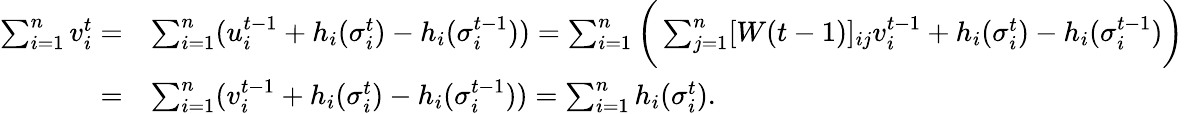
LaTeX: \begin{array}{rl}{\sum_{i=1}^{n}v_{i}^{t}=}&{\sum_{i=1}^{n}(u_{i}^{t-1}+h_{i}(\sigma_{i}^{t})-h_{i}(\sigma_{i}^{t-1}))=\sum_{i=1}^{n}\bigg(\sum_{j=1}^{n}[W(t-1)]_{ij}v_{i}^{t-1}+h_{i}(\sigma_{i}^{t})-h_{i}(\sigma_{i}^{t-1})\bigg)}\\ {=}&{\sum_{i=1}^{n}(v_{i}^{t-1}+h_{i}(\sigma_{i}^{t})-h_{i}(\sigma_{i}^{t-1}))=\sum_{i=1}^{n}h_{i}(\sigma_{i}^{t}).}\end{array}